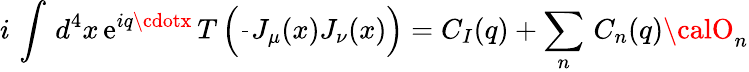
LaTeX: i\, \int\, d^{4}x\, \mathrm{e}^{iq\cdotx}\, T\left(\frac{{}}{{}}J_{\mu}(x)J_{\nu}(x)\right)=C_{I}(q)+\sum_{n}\, C_{n}(q){\calO}_{n}